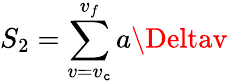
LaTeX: {S_{2}}=\sum_{v=v_{\mathtt{c}}}^{v_{f}}a\Deltav